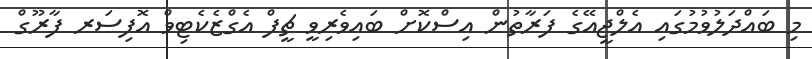
މި ބައްދަލުވުމުގައި އެލްޖީއޭގެ ފަރާތުން އިސްކޮށް ބައިވެރިވީ ޗީފް އެގްޒެކެޓިވް އޮފިސަރ ފާރޫގް